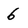
Character: 6